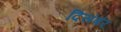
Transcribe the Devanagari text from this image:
दिसंबंर